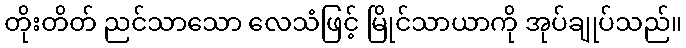
တိုးတိတ် ညင်သာသော လေသံဖြင့် မြိုင်သာယာကို အုပ်ချုပ်သည်။